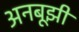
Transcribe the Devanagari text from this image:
अनबूझी